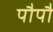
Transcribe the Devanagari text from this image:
पौपौ